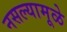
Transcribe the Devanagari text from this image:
नसल्यामूळे